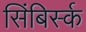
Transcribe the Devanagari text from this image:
सिंबिर्स्क